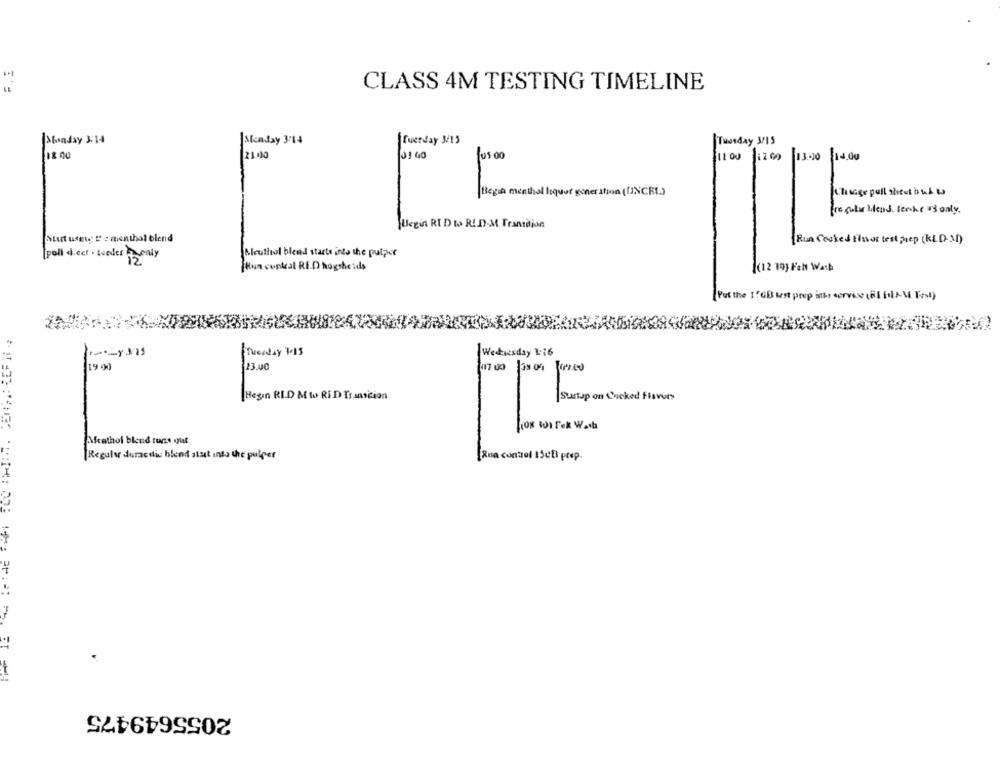
CLASS 4M TESTING TIMELINE
Stonday 3:14
|Monday 3:14
Cuerday 3/13
Tuesday 3/15
18 00
23.00
05.00
13.20 14.00
Begin menthol liquor gener ation (UNCRI.)
Change pull sheet in whas
fre gula blend senke v3 only.
Begin RI DI RID-M Transition
Stut usmg D'e menthal blend
Run Cooked thisor test prep [KLD-MD)
Blouthul blend starts into the pulpor
[poll dect . weder eucaly
Run cuptest RE.D hogsheids
((12 19) Fett Wash
Put the I'GB west prop isthe service (8] [0]] ]]
Wedkiesday 1:16
freeaday 7015
19.90
13.00
17 00 131 00 1200
Begin RID M to RID Tisation
Surtup on Cocked Flavors
EMrathol blend runs out.
Regular duraci blend statt into the pulper
[Rua control ISCEi prep.
2055649475